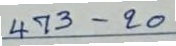
473 - 20